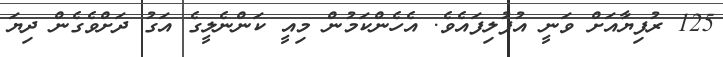
125 ރުފިޔާއަށް ވަނީ އުފުލިފައެވެ. އެހެންކަމުން މިއީ ކަންނެލީގެ އަގު ދަށްވެގެން ދިޔަ